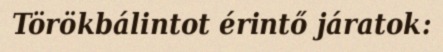
Törökbálintot érintő járatok: